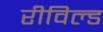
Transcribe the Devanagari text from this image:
रीविल्ड